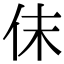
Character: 𠇱